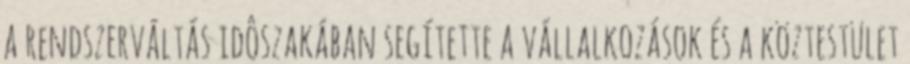
a rendszerváltás idôszakában segítette a vállalkozások és a köztestület